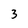
Character: 3